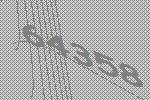
64358